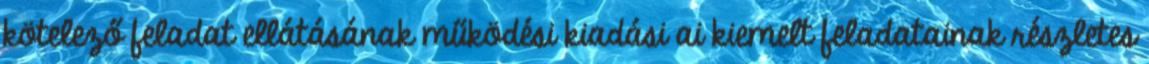
kötelező feladat ellátásának működési kiadási ai kiemelt feladatainak részletes